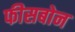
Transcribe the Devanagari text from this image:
फीसबोन